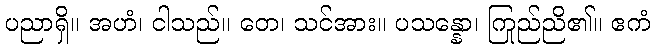
ပညာရှိ။ အဟံ၊ ငါသည်။ တေ၊ သင်အား။ ပသန္နော၊ ကြည်ညို၏။ ဧကံ